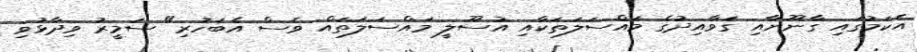
އެކަމުގައި ގާނޫނާއި ގަވާއިދުގެ މައްސަލަތަކާއި އުސޫލީ މައްސަލަތައް ވެސް އެބަހުރި" ސަމީރު ވިދާޅުވި